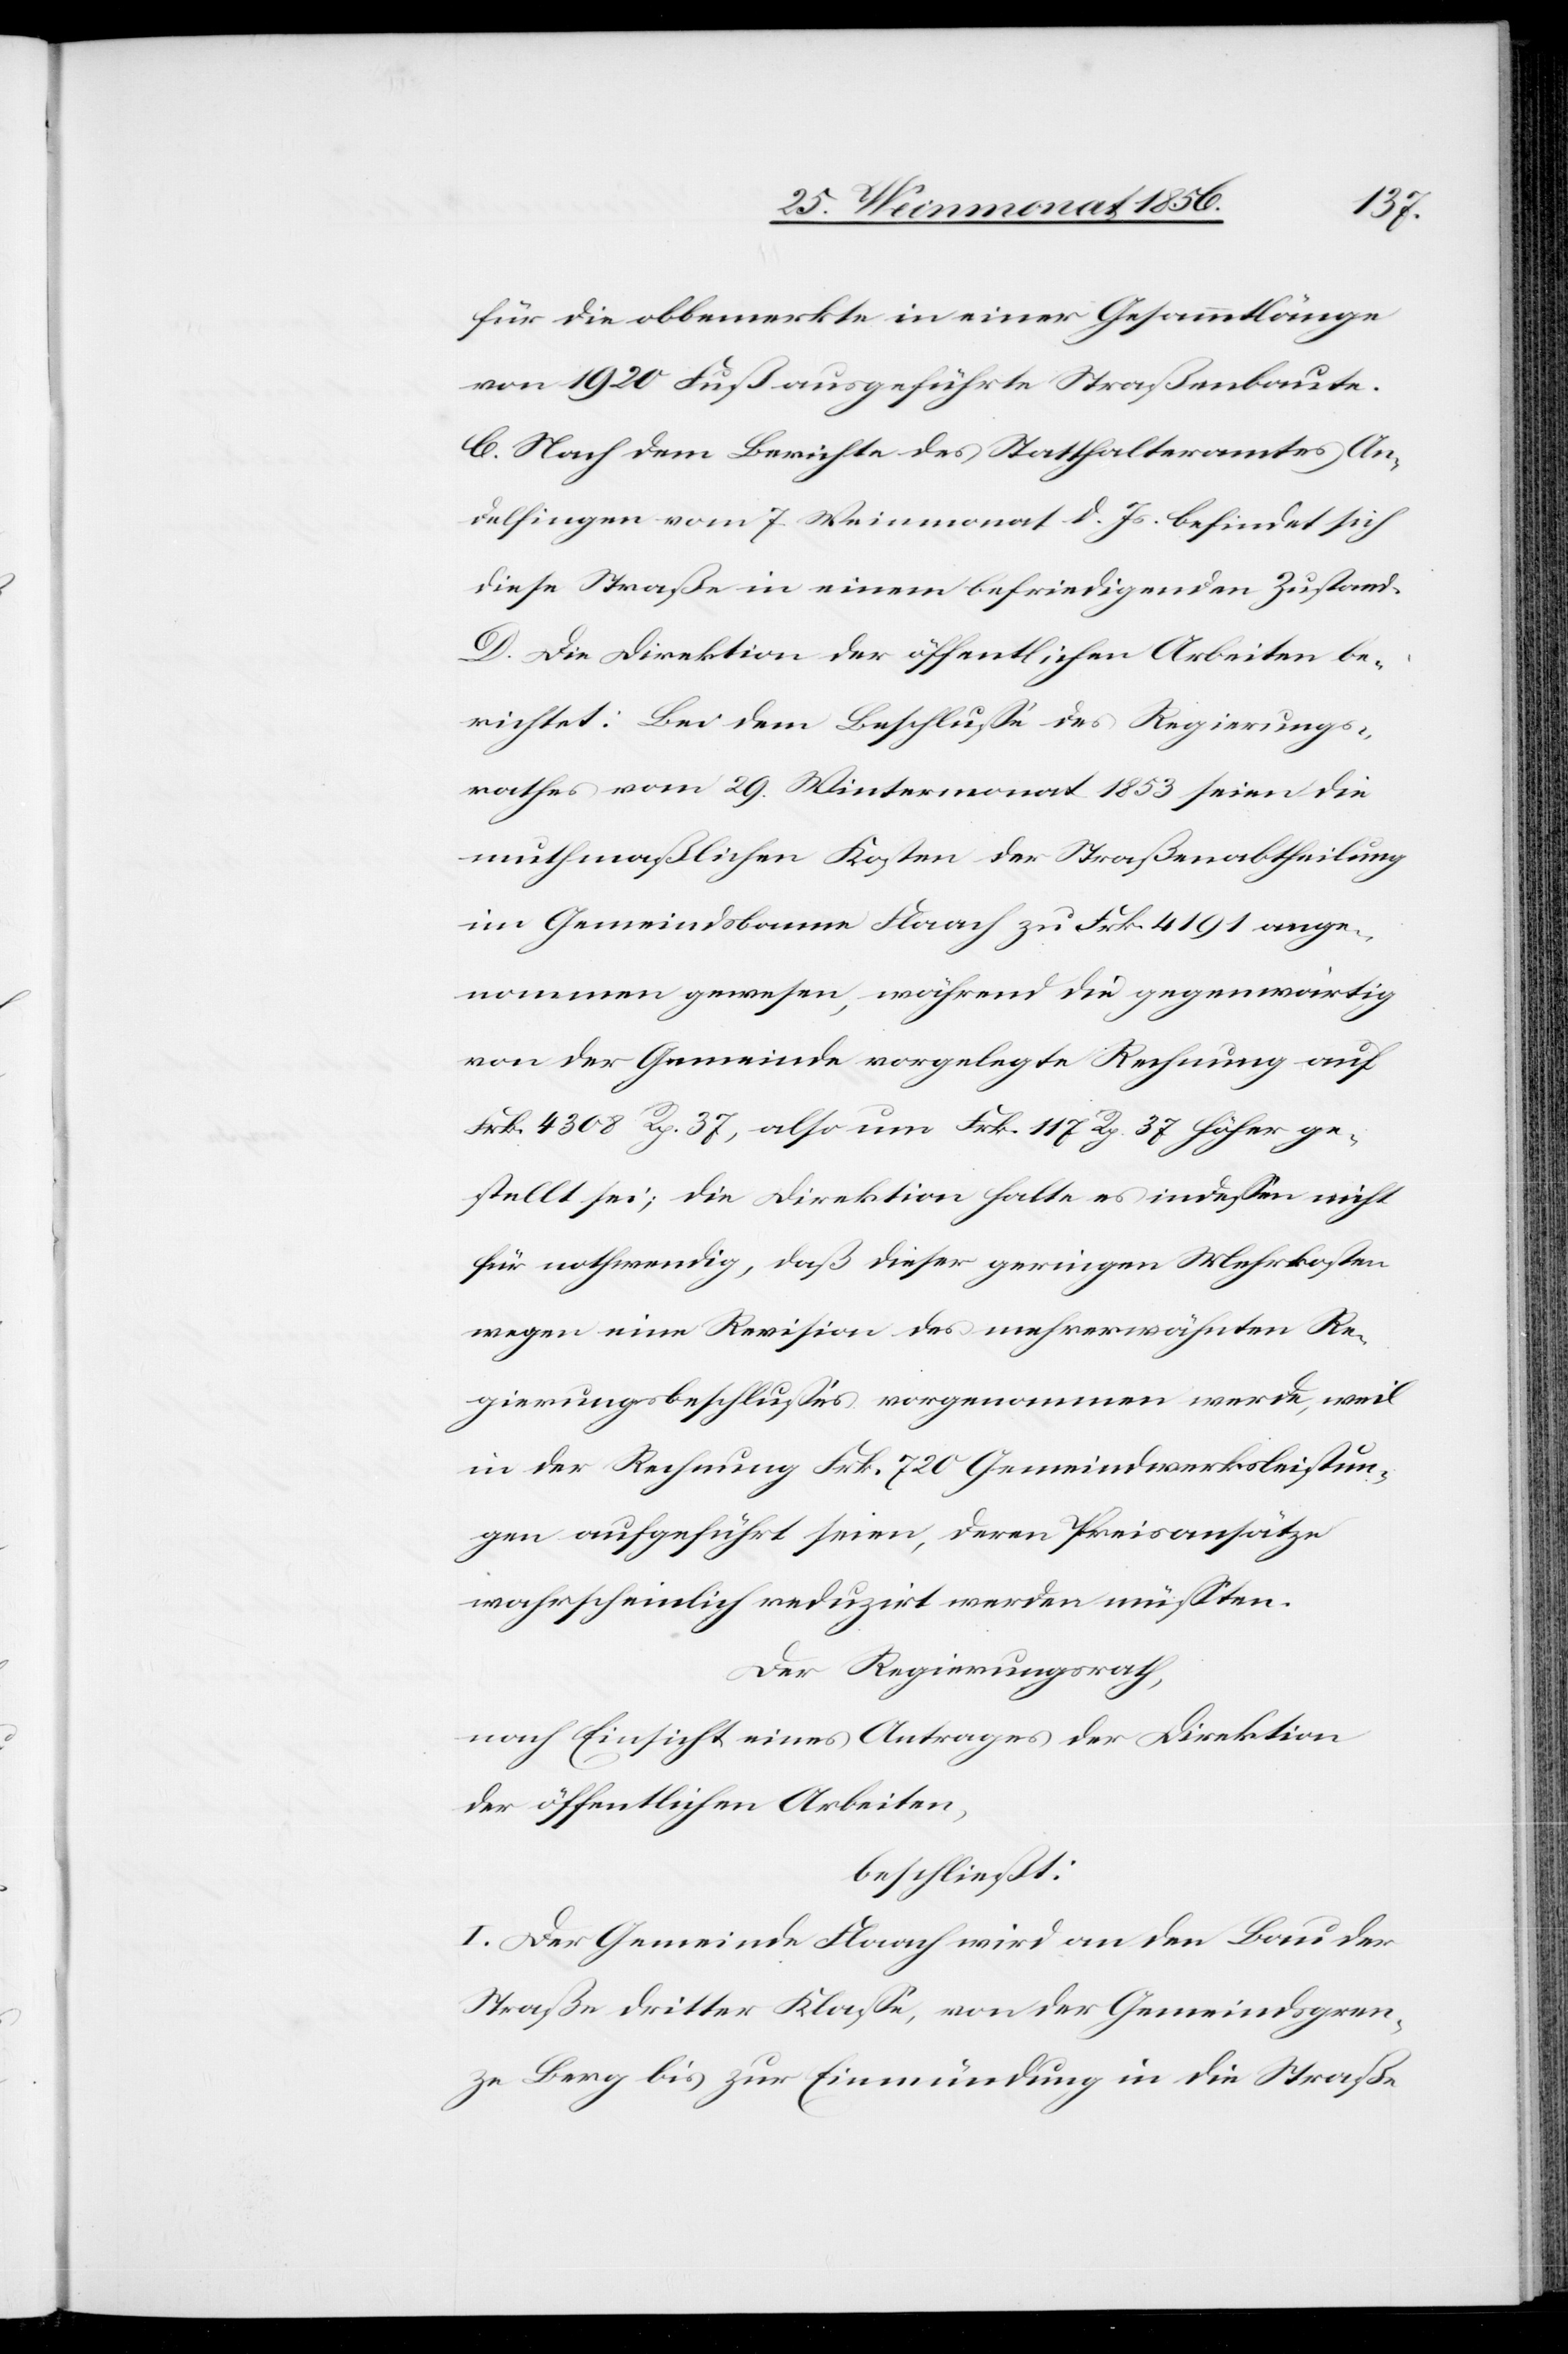
für die obbemerkte in einer Gesammtlänge
von 1920 Fuß ausgeführte Straßenbaute.
C. Nach dem Berichte des Statthalteramtes An¬
delfingen vom .7. Weinmonat d. Js. befindet sich
diese Straße in einem befriedigenden Zustand.
D. Die Direktion der öffentlichen Arbeiten be¬
richtet: Bei dem Beschlusse des Regierungs¬
rathes vom 29. Wintermonat 1853 seien die
muthmaßlichen Kosten der Straßenabtheilung
im Gemeindsbanne Flaach zu Frk. 4191 ange¬
nommen gewesen, während die gegenwärtig
von der Gemeinde vorgelegte Rechnung auf
Frk. 4308 Rp. 37, also um Frk. 117 Rp. 37 höher ge¬
stellt sei; die Direktion halte es indessen nicht
für nothwendig, daß dieser geringen Mehrkosten
wegen eine Revision des mehrerwähnten Re¬
gierungsbeschlusses vorgenommen werde, weil
in der Rechnung Frk. 720 Gemeindwerksleistun¬
gen aufgeführt seien, deren Preisansätze
wahrscheinlich reduzirt werden müssten.
Der Regierungsrath,
nach Einsicht eines Antrages der Direktion
der öffentlichen Arbeiten,
beschließt:
I. Der Gemeinde Flaach wird an den Bau der
Straße dritter Klasse, von der Gemeindsgren¬
ze Berg bis zur Einmündung in die Straße